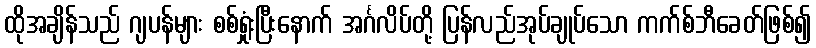
ထိုအချိန်သည် ဂျပန်များ စစ်ရှုံးပြီးနောက် အင်္ဂလိပ်တို့ ပြန်လည်အုပ်ချုပ်သော ကက်စ်ဘီခေတ်ဖြစ်၍